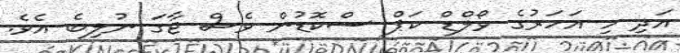
އަދި މި އަހަރުގެ ވޯލްޑް ކަޕް ސްކޮޑުން ވެސް ޖާގަ ނުލިބެ އެވެ.